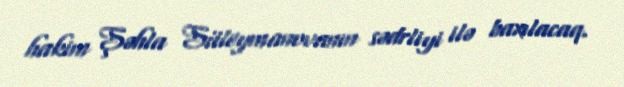
hakim Şəhla Süleymanovanın sədrliyi ilə baxılacaq.